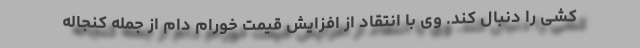
کشی را دنبال کند. وی با انتقاد از افزایش قیمت خورام دام از جمله کنجاله